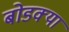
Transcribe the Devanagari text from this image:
बोडक्या